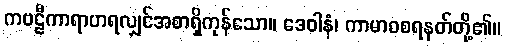
ကဗဠီကာရာဟရလျှင်အစာရှိကုန်သော။ ဒေဝါနံ၊ ကာမာဝစရနတ်တို့၏။